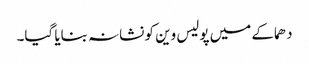
دھماکے میں پولیس وین کو نشانہ بنایا گیا۔